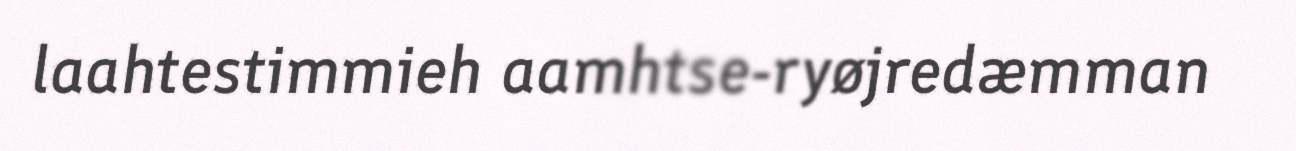
laahtestimmieh aamhtse-ryøjredæmman